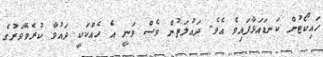
ހައިކޯޓުން ކަނޑައަޅާފައިވެ އެވެ. ދައުލަތުން ވެސް ވަނީ އެ ހެއްކަކީ ދައުވާ ކުރެވޭވަރުގެ